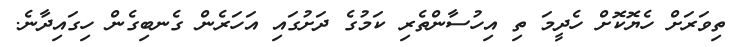
ތިވަރަށް ހެޔޮކޮށް ހެދީމަ ތި އިހުސާންތެރި ކަމުގެ ދަށުގައި އަހަރެން ގެނބިގެން ހިގައިދާނެ.